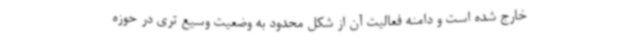
خارج شده است و دامنه فعالیت آن از شکل محدود به وضعیت وسیع تری در حوزه